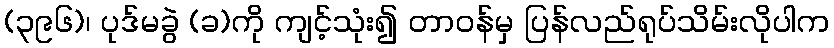
(၃၉၆)၊ ပုဒ်မခွဲ (ခ)ကို ကျင့်သုံး၍ တာဝန်မှ ပြန်လည်ရုပ်သိမ်းလိုပါက